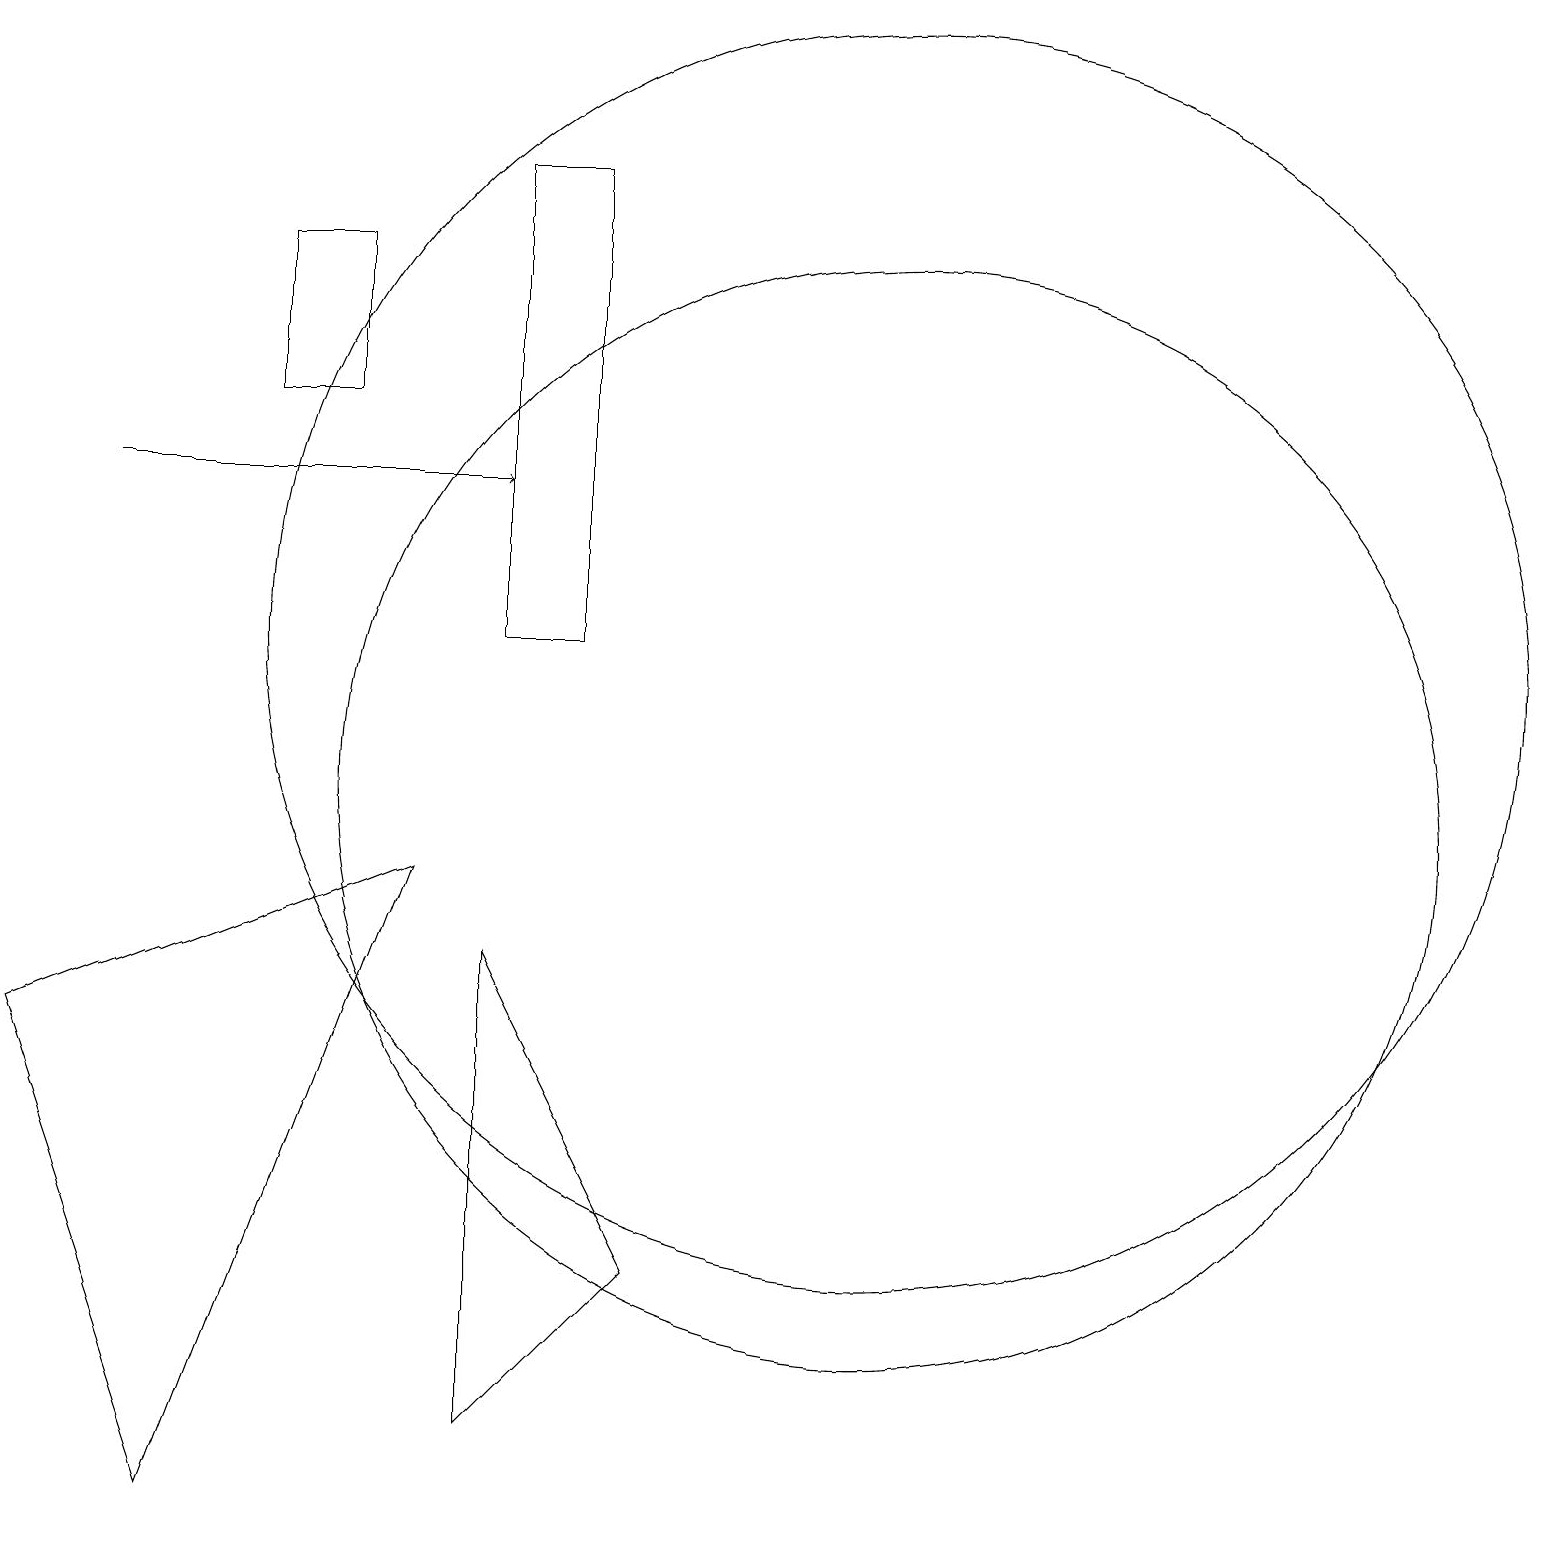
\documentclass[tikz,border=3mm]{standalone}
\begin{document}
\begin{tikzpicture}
\draw (5,9) -- (2,1) -- (0,7) -- cycle;
\draw (11,10) circle (7);
\draw (4,15) rectangle (3,17);
\draw[->] (1,14) -- (6,14);
\draw (6,12) rectangle (7,18);
\draw (8,4) -- (6,8) -- (6,2) -- cycle;
\draw (11,12) circle (8);
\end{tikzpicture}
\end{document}